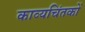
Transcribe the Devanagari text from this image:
काव्यचिंतकों